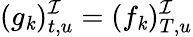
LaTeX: (g_{\mathit{k}})_{t,u}^{\mathcal{{I}}}=(f_{\mathit{k}})_{T,u}^{\mathcal{{I}}}